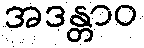
အဒန္တာဝ